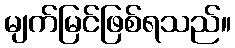
မျက်မြင်ဖြစ်ရသည်။